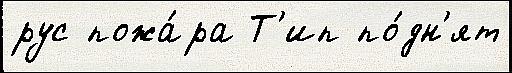
рус пожа́ра Т'ип по́дн'ят